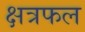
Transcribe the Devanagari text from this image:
क्षत्रफल